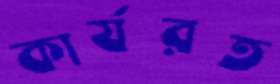
কার্যরত